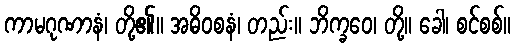
ကာမဂုဏာနံ၊ တို့၏။ အဓိဝစနံ၊ တည်း။ ဘိက္ခဝေ၊ တို့။ ခေါ၊ စင်စစ်။